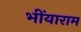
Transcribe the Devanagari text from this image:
भींयाराम